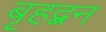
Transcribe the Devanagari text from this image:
बृहद्बन